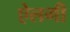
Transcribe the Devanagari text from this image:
ऐलगी